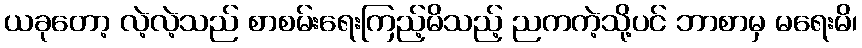
ယခုတော့ လဲ့လဲ့သည် စာစမ်းရေးကြည့်မိသည့် ညကကဲ့သို့ပင် ဘာစာမှ မရေးမိ၊